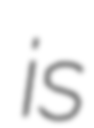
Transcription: is